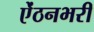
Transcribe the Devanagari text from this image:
ऐंठनभरी